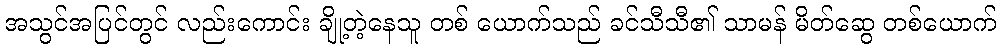
အသွင်အပြင်တွင် လည်းကောင်း ချို့တဲ့နေသူ တစ် ယောက်သည် ခင်သီသီ၏ သာမန် မိတ်ဆွေ တစ်ယောက်